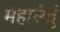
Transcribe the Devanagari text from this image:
महासेतुं